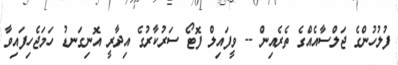
ފުލުހުންގެ ޖަލްސާއެއްގެ ތެރެއިން -- ވީފައިލް ފޮޓޯ ސަރުކާރުގެ އިދާރީ އޮނިގަނޑު ހަމަޖެހިފައިވާ